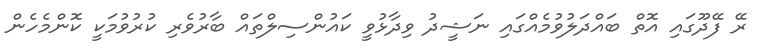
ރޭ ފޭދޫގައި އޮތް ބައްދަލުވުމެއްގައި ނަޝީދު ވިދާޅުވީ ކައުންސިލްތައް ބާރުވެރި ކުރުވުމަކީ ކޮންމެހެން